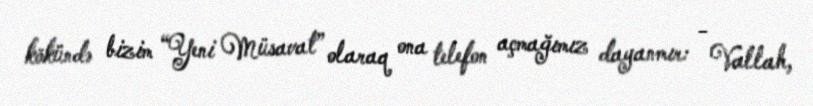
kökündə bizim “Yeni Müsavat” olaraq ona telefon açmağımız dayanmır: - Vallah,